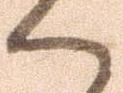
ハ